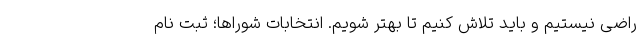
راضی نیستیم و باید تلاش کنیم تا بهتر شویم. انتخابات شوراها؛ ثبت نام